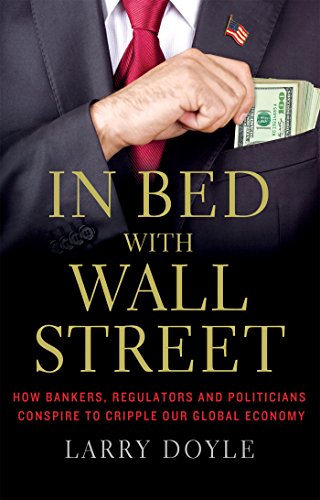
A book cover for In Bed with Wall Street: How Bankers, Regulators and Politicians Conspire to Cripple Our Global Economy; Larry Doyle; Business & Money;